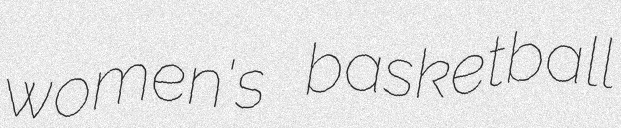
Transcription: women's basketball